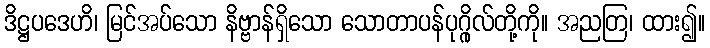
ဒိဋ္ဌပဒေဟိ၊ မြင်အပ်သော နိဗ္ဗာန်ရှိသော သောတာပန်ပုဂ္ဂိုလ်တို့ကို။ အညတြ၊ ထား၍။